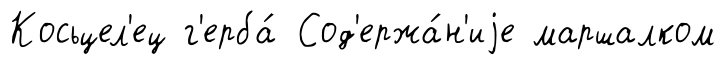
Косьцел'ец г'ерба́ Сод'ержа́н'иjе маршалком